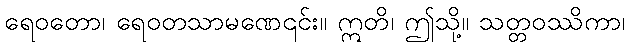
ရေဝတော၊ ရေဝတသာမဏေ၎င်း။ ဣတိ၊ ဤသို့။ သတ္တဝဿိကာ၊